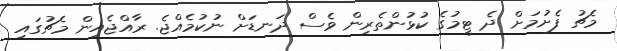
މެޗު ފެށުމަށް ދެ ޓީމުގެ ކުޅުންތެރިން ވެސް ދަނޑަށް ނުކުމެއްޖެ. ރާއްޖެއިން މެޗުގައި